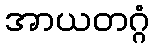
အာယတဂ္ဂံ